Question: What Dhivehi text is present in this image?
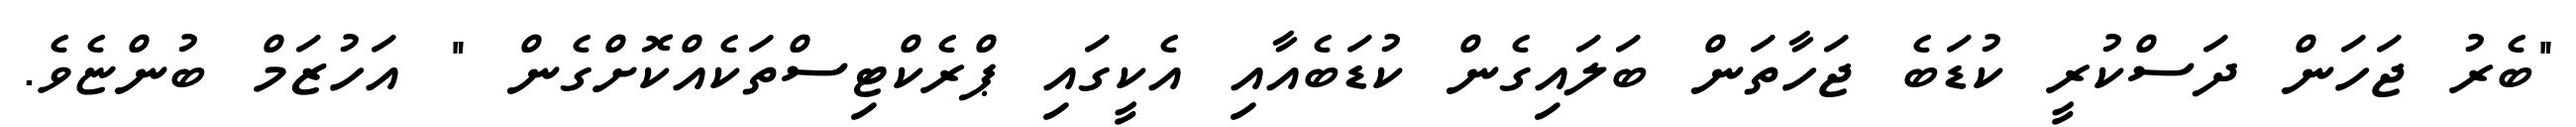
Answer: "ބެރު ޖަހަން ދަސްކުރީ ކުޑަބެ ޖަހާތަން ބަލައިގެން ކުޑަބެއާއި އެކީގައި ޕްރެކްޓިސްތަކެއްކޮށްގެން " އަހުޒަމް ބުންޏެވެ.